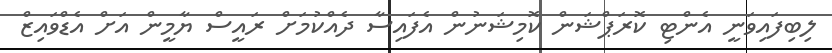
ލިބިފައިވަނީ އެންޓި ކޮރަޕްޝަން ކޮމިޝަނުން އެފައިސާ ދެއްކުމަށް ރައީސް ޔާމީން އަށް އެޑްވައިޒް